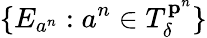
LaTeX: \{ E_{a^{n}}:a^{n}\in T_{\delta}^{\mathbf{p}^{n}}\}